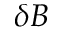
\delta B